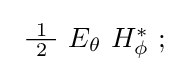
{\textstyle \ {\tfrac {\ 1\ }{2}}\ E_{\mathrm {\theta } }\ H_{\mathrm {\phi } }^{*}\ ;}